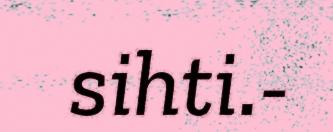
sihti.-